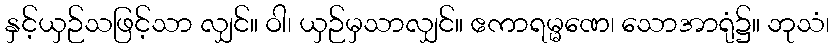
နှင့်ယှဉ်သဖြင့်သာ လျှင်။ ဝါ၊ ယှဉ်မှသာလျှင်။ ဧကာရမ္မဏေ၊ သောအာရုံ၌။ ဘုသံ၊